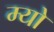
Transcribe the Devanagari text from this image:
म्‍यो